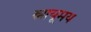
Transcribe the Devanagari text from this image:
स्नायूमय